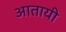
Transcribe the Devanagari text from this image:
आतायी